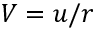
V = u / r